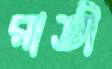
রাতী